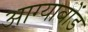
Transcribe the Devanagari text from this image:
आग्याबोंड